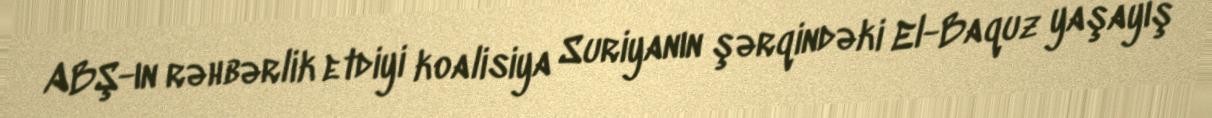
ABŞ-ın rəhbərlik etdiyi koalisiya Suriyanın şərqindəki El-Baquz yaşayış